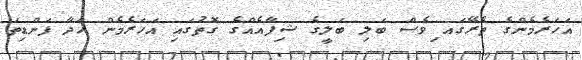
އަހަރެމެންގެ ތެރޭގައ ިވެސް ބަލި ބަލީގެ ޝިފާއެއްގެ ގޮތުގައި އަހަރެމެން ހަދާ ފަންޑިތަ